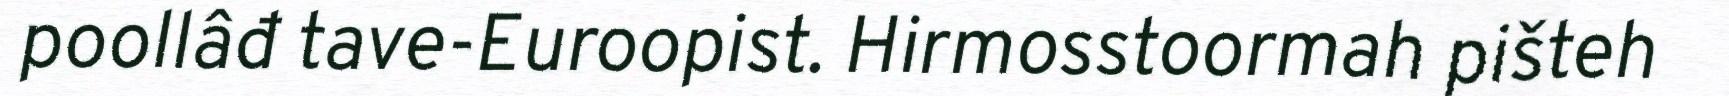
poollâđ tave-Euroopist. Hirmosstoormah pišteh